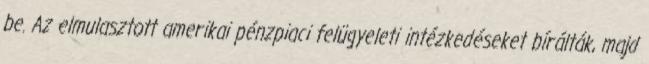
be. Az elmulasztott amerikai pénzpiaci felügyeleti intézkedéseket bírálták, majd